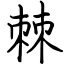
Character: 棘